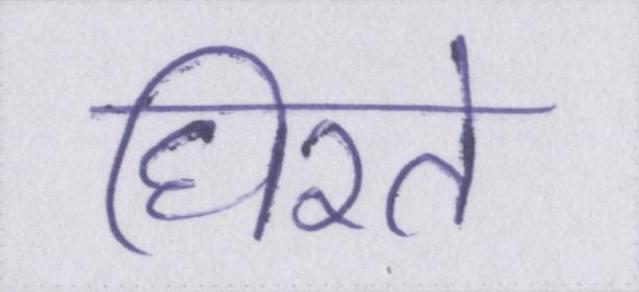
घिरते